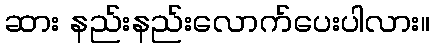
ဆား နည်းနည်းလောက်ပေးပါလား။